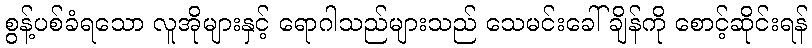
စွန့်ပစ်ခံရသော လူအိုများနှင့် ရောဂါသည်များသည် သေမင်းခေါ်ချိန်ကို စောင့်ဆိုင်းရန်